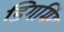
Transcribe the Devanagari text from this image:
डिगमिंग